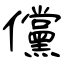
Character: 儻